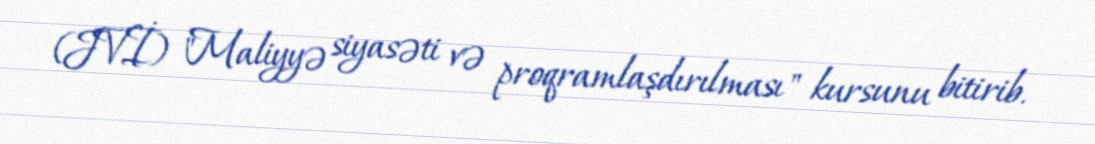
(JVİ) "Maliyyə siyasəti və proqramlaşdırılması" kursunu bitirib.